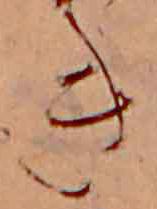
き